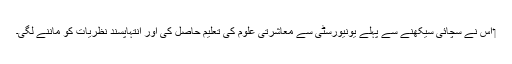
‏ اُس نے سچائی سیکھنے سے پہلے یونیورسٹی سے معاشرتی علوم کی تعلیم حاصل کی اور اِنتہاپسند نظریات کو ماننے لگی۔